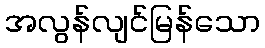
အလွန်လျင်မြန်သော